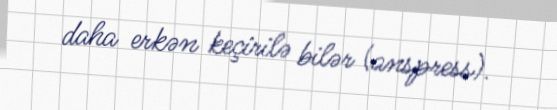
daha erkən keçirilə bilər (anspress).